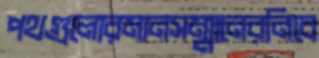
পথগুলোরমানসম্মানেরনিবে